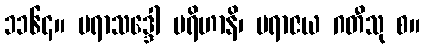
၁၁၆၄။ ပရာသဒ္ဒေါ ပရိဟာနိ၊ ပရာဇယ ဂတီသု စ။